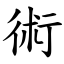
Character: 術